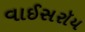
વાઈસરૉય